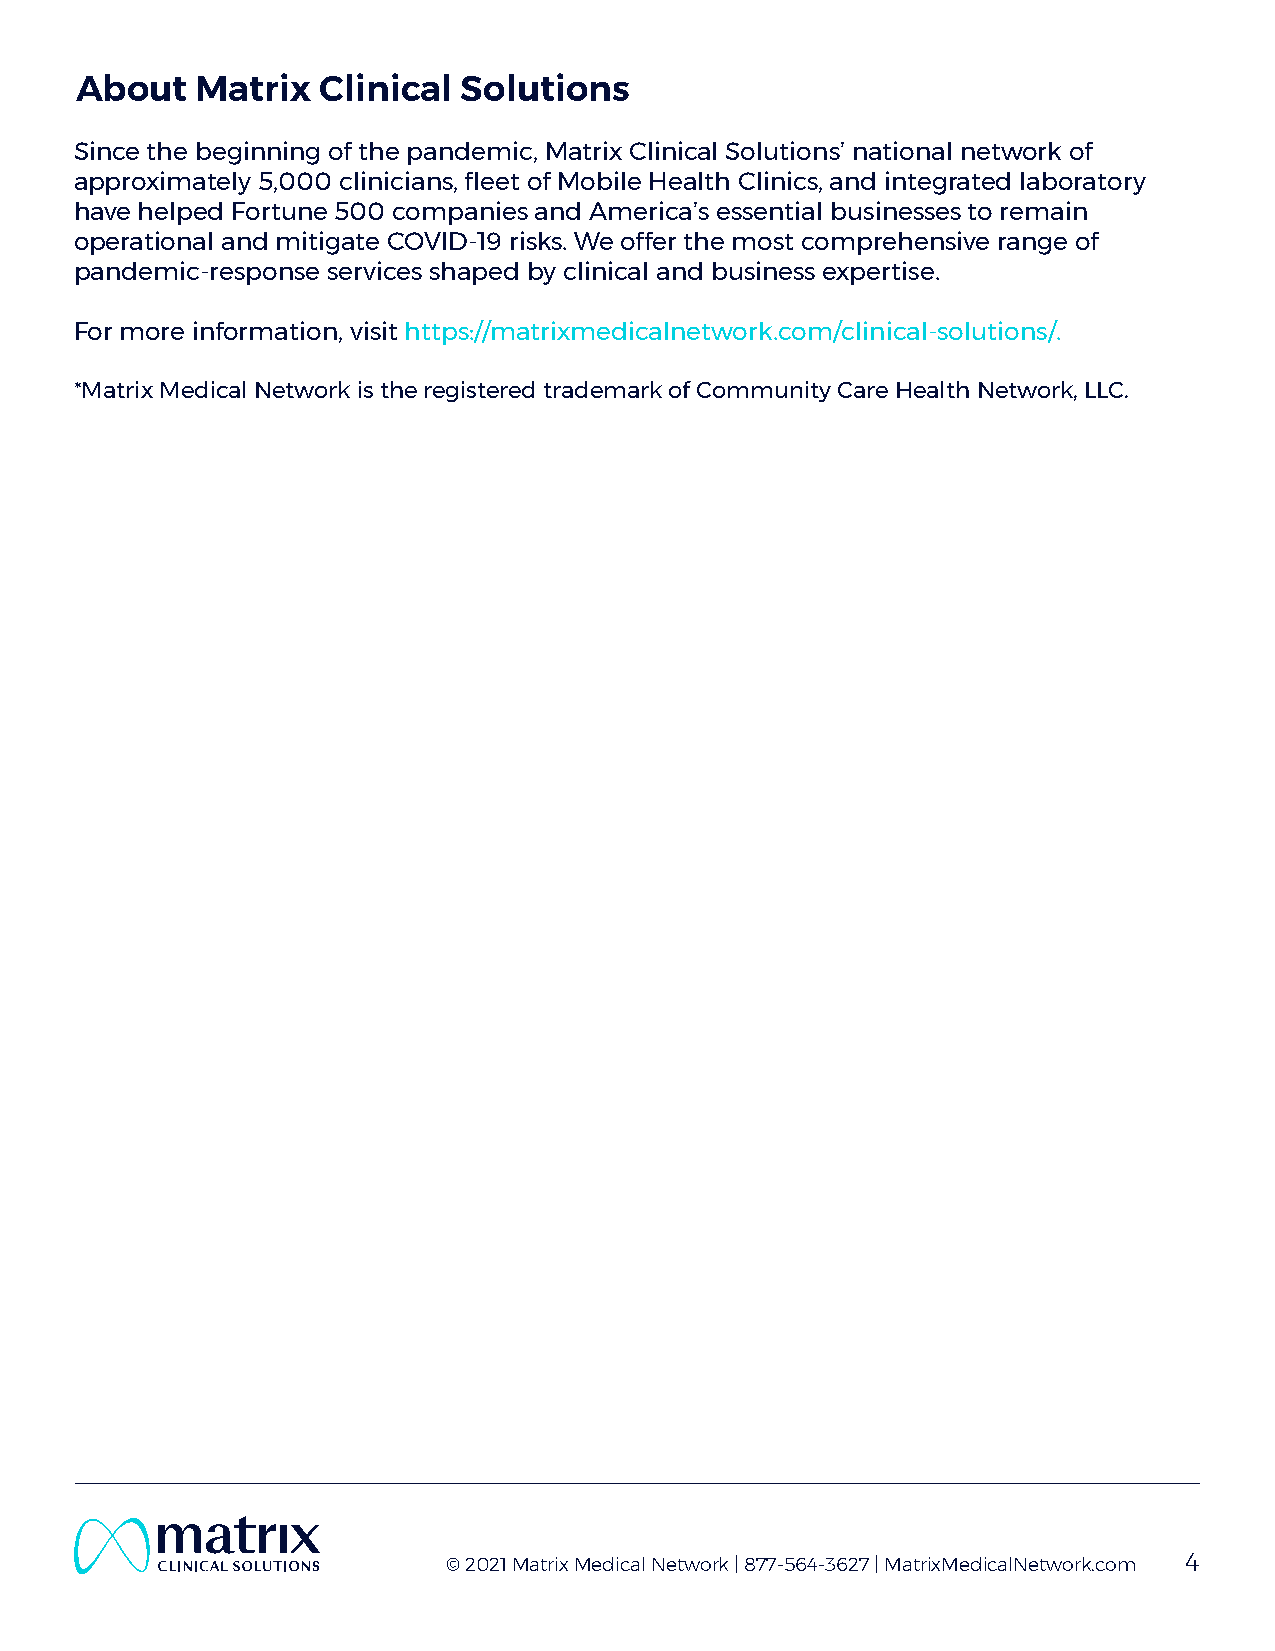
About   Matrix  Clinical Solutions
 Since the beginning of the pandemic, Matrix Clinical Solutions’ national network of
 approximately 5,000 clinicians, fleet of Mobile Health Clinics, and integrated laboratory
 have helped Fortune 500 companies and America’s essential businesses to remain
 operational and mitigate COVID-19 risks. We offer the most comprehensive range of
 pandemic-response services shaped by clinical and business expertise.
 For more information, visit https://matrixmedicalnetwork.com/clinical-solutions/.
 *Matrix Medical Network is the registered trademark of Community Care Health Network, LLC.
 © 2021 Matrix Medical Network | 877-564-3627 | MatrixMedicalNetwork.com 4